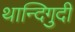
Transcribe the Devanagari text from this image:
थान्दिगुदी